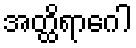
အတ္ထိရာဂေါ